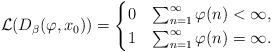
LaTeX: \begin{align*}\mathcal{L}(D_{\beta}(\varphi,x_0))=\begin{cases}0&\sum_{n=1}^{\infty}\varphi(n)<\infty,\\1&\sum_{n=1}^{\infty}\varphi(n)=\infty.\end{cases}\end{align*}